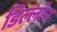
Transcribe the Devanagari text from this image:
डिल्लॉन